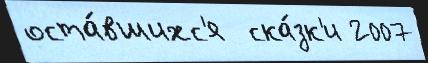
оста́вшихс'я  ска́зк'и 2007